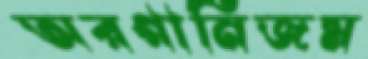
অরগানিজম